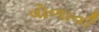
વોળાવી